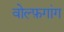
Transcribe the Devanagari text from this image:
वोल्फ़गांग